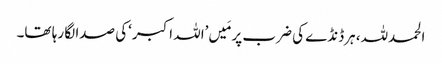
الحمدللہ، ہرڈنڈے کی ضرب پر مَیں’اللہ اکبر‘کی صدا لگا رہا تھا۔